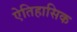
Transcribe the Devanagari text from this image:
ऐतिहासिक